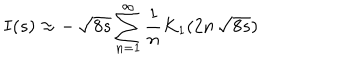
I ( s ) \approx - \, \sqrt { 8 s } \sum _ { n = 1 } ^ { \infty } { \frac { 1 } { n } } K _ { 1 } ( 2 n \, \sqrt { 8 s } )